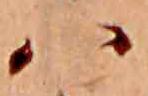
ハ